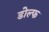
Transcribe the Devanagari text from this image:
डोल्फ